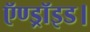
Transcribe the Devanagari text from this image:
ऍण्ड्रॉइड।